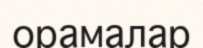
орамалар